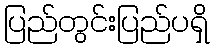
ပြည်တွင်းပြည်ပရှိ